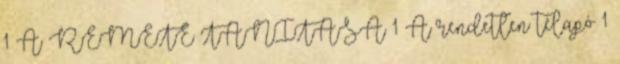
1 A REMETE TANÍTÁSA 1 A rendetlen télapó 1